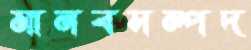
মানবসম্পদ